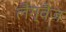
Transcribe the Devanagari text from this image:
लैंग्वैज